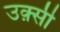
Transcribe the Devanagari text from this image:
उक़्सी